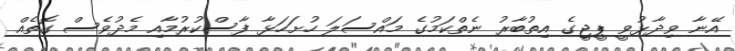
އޭނާ ވިދާޅުވީ ޕީޖީގެ އިތުބާރު ނެތްކަމުގެ މައްސަލަ ހުށަހަޅާ ފާސްކުރުމާއި މެދުވެސް ގޮތެއް